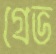
গ্রেভ